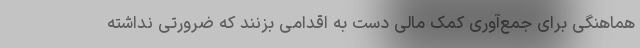
هماهنگی برای جمع‌آوری کمک مالی دست به اقدامی بزنند که ضرورتی نداشته